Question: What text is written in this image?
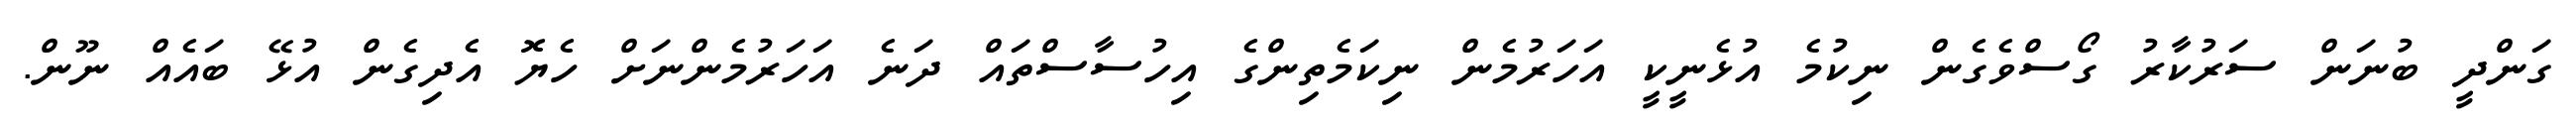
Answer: ގަންދީ ބުނަން ސަރުކާރު ގޯސްވެގެން ނިކުމެ އުޅެނީކީ އަހަރުމެން ނިކަމެތިންގެ އިހުސާސްތައް ދަނެ އަހަރުމެންނަށް ހެޔޮ އެދިގެން އުޅޭ ބައެއް ނޫން.